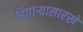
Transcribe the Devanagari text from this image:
ढिगाऱ्यासारखे